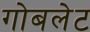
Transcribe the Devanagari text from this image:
गोबलेट